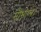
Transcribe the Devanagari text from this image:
सौभाग्य।